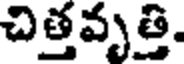
చిత్తవృత్తి.